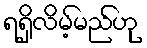
ရရှိလိမ့်မည်ဟု